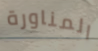
المناورة